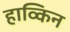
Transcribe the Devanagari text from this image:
हाव्किन